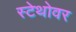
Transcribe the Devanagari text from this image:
स्टेथोवर